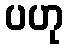
ပဟု